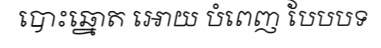
បោះឆ្នោត អោយ បំពេញ បែបបទ